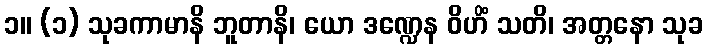
၁။ (၁) သုခကာမာနိ ဘူတာနိ၊ ယော ဒဏ္ဍေန ဝိဟိံ သတိ၊ အတ္တနော သုခ